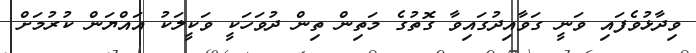
ވިދާޅުވެފައި ވަނީ ގަވާއިދުގައިވާ ގޮތުގެ މަތިން ތިން ދުވަހަކީ ވަކީލަކު އައްޔަން ކުރުމަށް